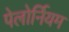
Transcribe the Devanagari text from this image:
पेलोर्नियम